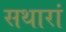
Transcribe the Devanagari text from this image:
सथारां